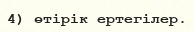
4) өтірік ертегілер.